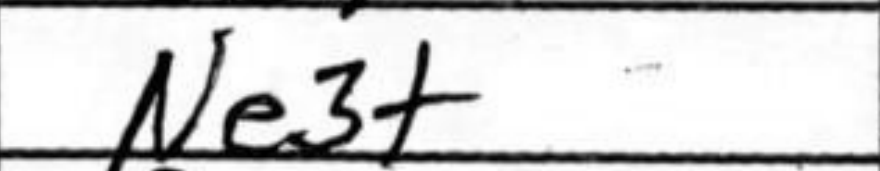
Transcription: Ne3+